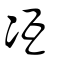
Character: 冱